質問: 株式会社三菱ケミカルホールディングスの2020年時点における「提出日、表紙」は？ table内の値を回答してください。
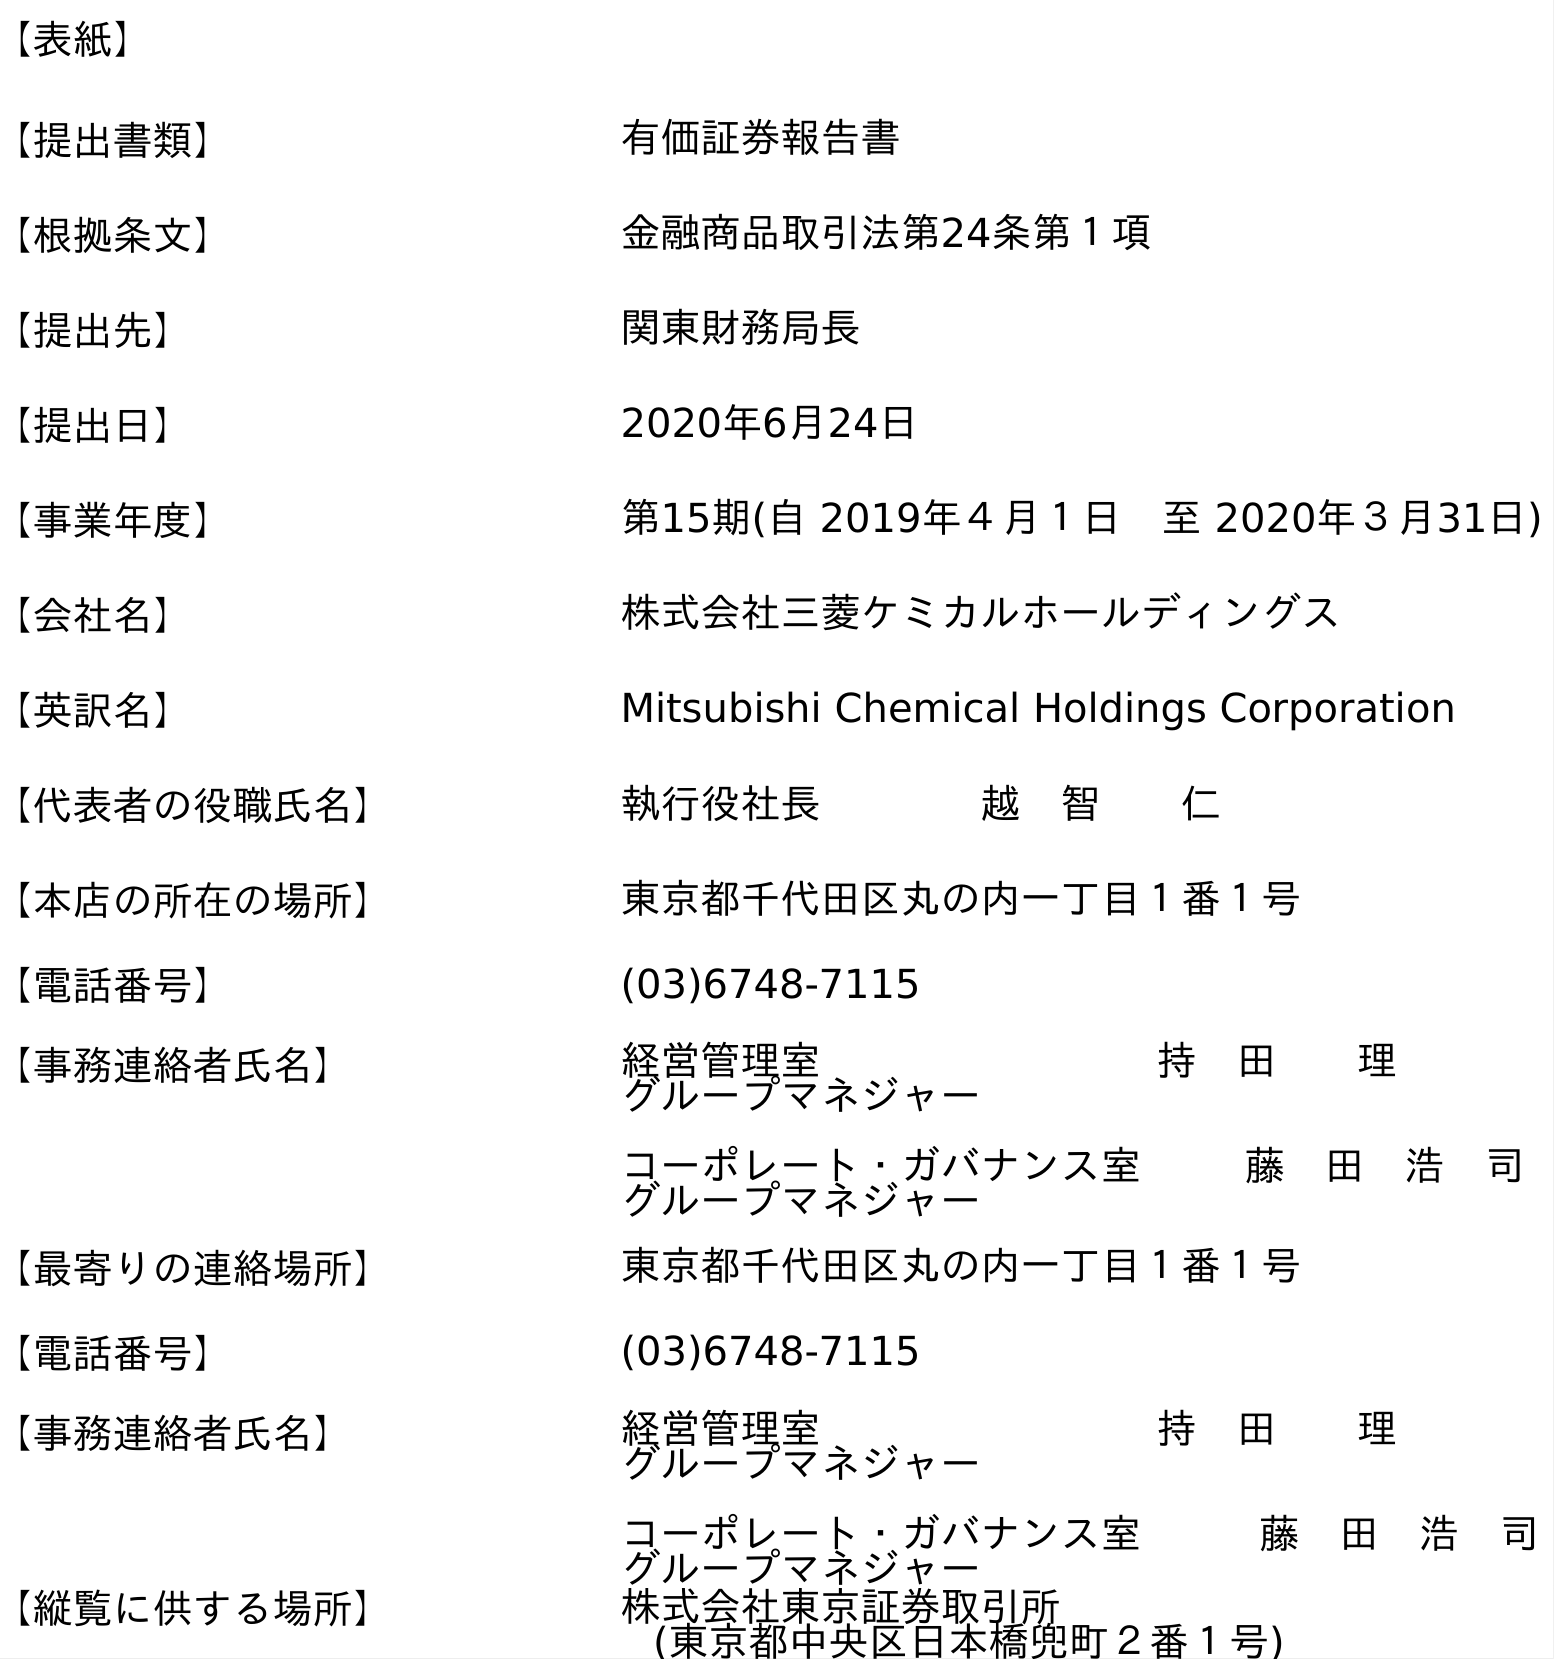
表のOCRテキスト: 【表紙】 【提出書類】 有価証券報告書 【根拠条文】 金融商品取引法第24条第１項 【提出先】 関東財務局長 【提出日】 2020年6月24日 【事業年度】 第15期(自 2019年４月１日 至 2020年３月31日) 【会社名】 株式会社三菱ケミカルホールディングス 【英訳名】 Mitsubishi Chemical Holdings Corporation 【代表者の役職氏名】 執行役社長    越 智  仁 【本店の所在の場所】 東京都千代田区丸の内一丁目１番１号 【電話番号】 (03)6748-7115 【事務連絡者氏名】 経営管理室    持 田  理 グループマネジャー コーポレート・ガバナンス室  藤 田 浩 司 グループマネジャー 【最寄りの連絡場所】 東京都千代田区丸の内一丁目１番１号 【電話番号】 (03)6748-7115 【事務連絡者氏名】 経営管理室    持 田  理 グループマネジャー コーポレート・ガバナンス室   藤 田 浩 司 グループマネジャー 【縦覧に供する場所】 株式会社東京証券取引所 (東京都中央区日本橋兜町２番１号)
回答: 2020年6月24日